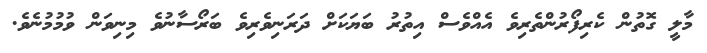
މާލީ ގޮތުން ކެރިފޯރުންތެރިވެ އެއްވެސް އިތުރު ބަޔަކަށް ދަރަނިވެރިވެ ބަރޯސާނުވެ މިނިވަން ވުމުމުނެވެ.